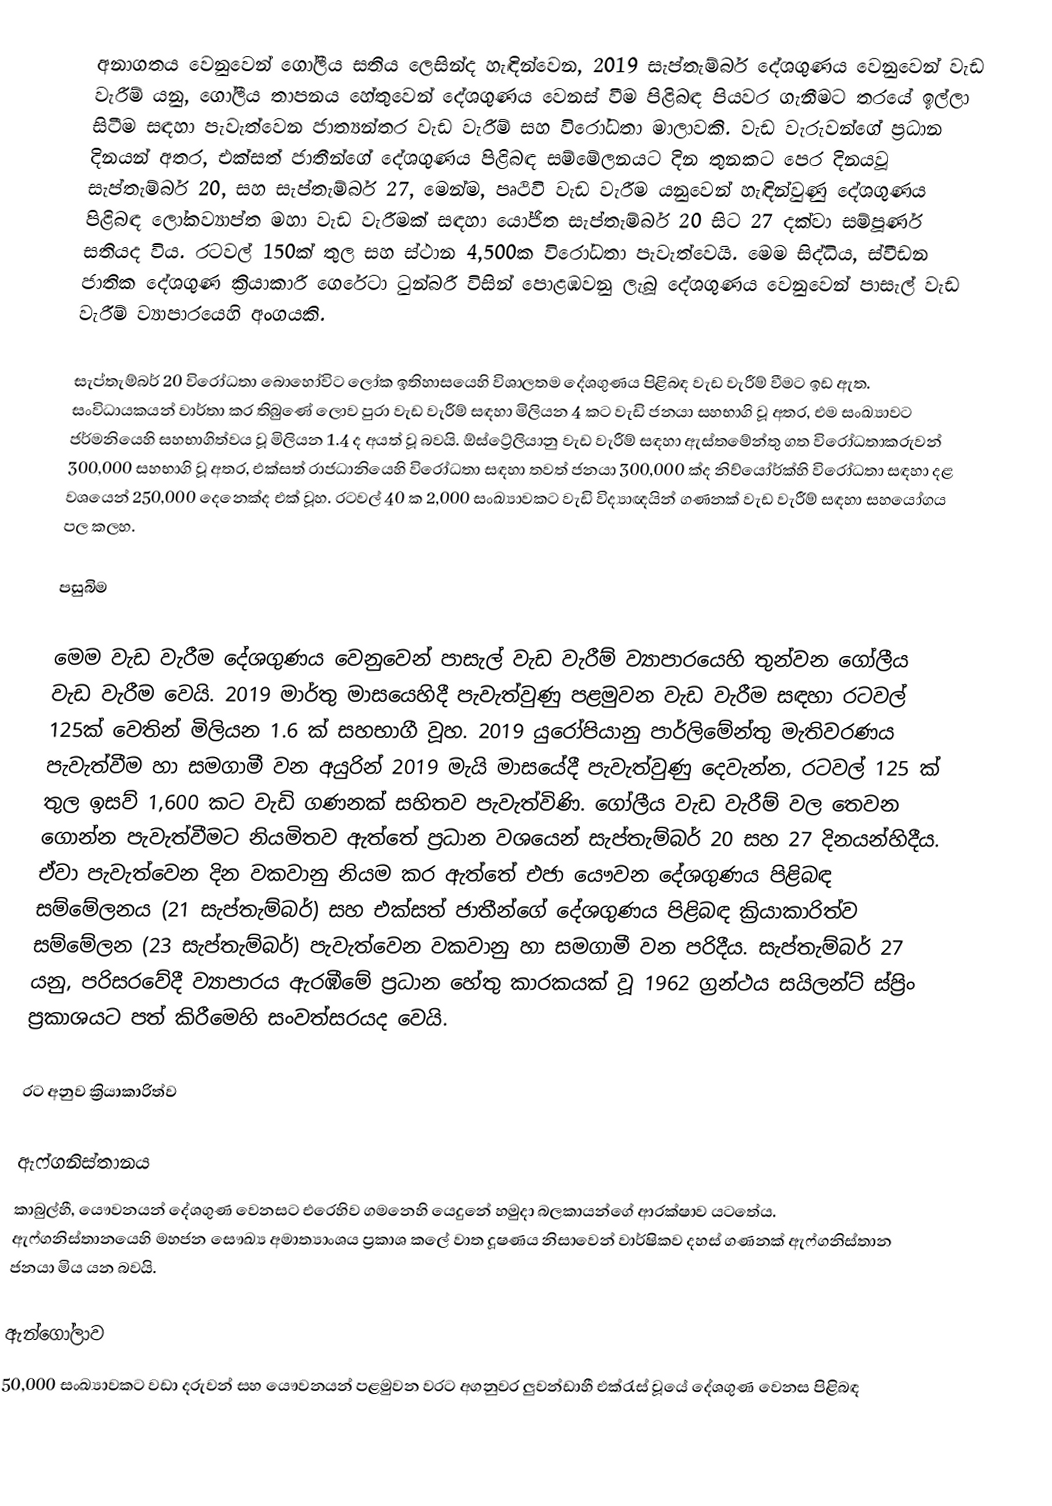
අනාගතය වෙනුවෙන් ගෝලීය සතිය ලෙසින්ද හැඳින්වෙන,  2019 සැප්තැම්බර් දේශගුණය වෙනුවෙන් වැඩ වැරීම් යනු, ගෝලීය තාපනය හේතුවෙන් දේශගුණය වෙනස් වීම පිළිබඳ පියවර ගැනීමට තරයේ ඉල්ලා සිටීම සඳහා පැවැත්වෙන ජාත්‍යන්තර වැඩ වැරීම් සහ විරෝධතා මාලාවකි. වැඩ වැරුවන්ගේ ප්‍රධාන දිනයන් අතර,   එක්සත් ජාතීන්ගේ දේශගුණය පිළිබඳ සම්මේලනයට දින තුනකට පෙර දිනයවූ සැප්තැම්බර් 20, සහ සැප්තැම්බර්  27, මෙන්ම, පෘථිවි වැඩ වැරීම යනුවෙන් හැඳින්වුණු දේශගුණය පිළිබඳ ලෝකව්‍යාප්ත මහා වැඩ වැරීමක් සඳහා යෝජිත සැප්තැම්බර් 20 සිට 27 දක්වා සම්පූර්ණ සතියද විය. රටවල් 150ක් තුල සහ ස්ථාන 4,500ක විරෝධතා පැවැත්වෙයි.  මෙම සිද්ධිය,  ස්වීඩන ජාතික දේශගුණ ක්‍රියාකාරී ගෙරේටා ටුන්බරී විසින් පොළඹවනු ලැබූ දේශගුණය වෙනුවෙන් පාසැල් වැඩ වැරීම් ව්‍යාපාරයෙහි අංගයකි.

සැප්තැම්බර් 20 විරෝධතා බොහෝවිට ලෝක ඉතිහාසයෙහි විශාලතම දේශගුණය පිළිබඳ වැඩ වැරීම් වීමට ඉඩ ඇත. සංවිධායකයන් වාර්තා කර තිබුණේ ලොව පුරා වැඩ වැරීම් සඳහා මිලියන 4 කට වැඩි ජනයා සහභාගි වූ අතර, එම සංඛ්‍යාවට ජර්මනියෙහි සහභාගිත්වය වූ මිලියන 1.4 ද අයත් වූ බවයි. ඕස්ට්‍රේලියානු වැඩ වැරීම් සඳහා ඇස්තමේන්තු ගත විරෝධතාකරුවන් 300,000 සහභාගි වූ අතර, එක්සත් රාජධානියෙහි විරෝධතා සඳහා තවත් ජනයා 300,000 ක්ද  නිව්යෝර්ක්හි විරෝධතා සඳහා දළ වශයෙන්  250,000 දෙනෙක්ද එක් වූහ. රටවල් 40 ක 2,000 සංඛ්‍යාවකට වැඩි විද්‍යාඥයින් ගණනක් වැඩ වැරීම් සඳහා සහයෝගය පල කලහ.

පසුබිම

මෙම වැඩ වැරීම දේශගුණය වෙනුවෙන් පාසැල් වැඩ වැරීම් ව්‍යාපාරයෙහි තුන්වන ගෝලීය වැඩ වැරීම වෙයි. 2019 මාර්තු මාසයෙහිදී පැවැත්වුණු පළමුවන වැඩ වැරීම සඳහා රටවල් 125ක් වෙතින් මිලියන 1.6 ක් සහභාගී වූහ. 2019 යුරෝපියානු පාර්ලිමේන්තු මැතිවරණය පැවැත්වීම හා සමගාමී වන අයුරින් 2019 මැයි මාසයේදී පැවැත්වුණු දෙවැන්න, රටවල් 125 ක් තුල ඉසව් 1,600 කට වැඩි ගණනක් සහිතව පැවැත්විණි.  ගෝලීය වැඩ වැරීම් වල තෙවන ගොන්න පැවැත්වීමට නියමිතව ඇත්තේ ප්‍රධාන වශයෙන් සැප්තැම්බර් 20 සහ 27 දිනයන්හිදීය. ඒවා පැවැත්වෙන දින වකවානු නියම කර ඇත්තේ  එජා යෞවන දේශගුණය පිළිබඳ සම්මේලනය (21 සැප්තැම්බර්) සහ එක්සත් ජාතීන්ගේ දේශගුණය පිළිබඳ ක්‍රියාකාරිත්ව සම්මේලන (23 සැප්තැම්බර්) පැවැත්වෙන වකවානු හා සමගාමී වන පරිදීය. සැප්තැම්බර් 27 යනු, පරිසරවේදී ව්‍යාපාරය ඇරඹීමේ ප්‍රධාන හේතු කාරකයක් වූ 1962 ග්‍රන්ථය සයිලන්ට් ස්ප්‍රිං ප්‍රකාශයට පත් කිරීමෙහි සංවත්සරයද වෙයි.

රට අනුව ක්‍රියාකාරිත්ව

ඇෆ්ගනිස්තානය
කාබුල්හී, යෞවනයන් දේශගුණ වෙනසට එරෙහිව ගමනෙහි යෙදුනේ හමුදා බලකායන්ගේ ආරක්ෂාව යටතේය. ඇෆ්ගනිස්තානයෙහි මහජන සෞඛ්‍ය අමාත්‍යාංශය ප්‍රකාශ කලේ  වාත දූෂණය නිසාවෙන් වාර්ෂිකව දහස් ගණනක් ඇෆ්ගනිස්තාන ජනයා මිය යන බවයි.

ඇන්ගෝලාව
50,000 සංඛ්‍යාවකට වඩා දරුවන් සහ යෞවනයන් පළමුවන වරට අගනුවර ලුවන්ඩාහී එක්රැස් වූයේ දේශගුණ වෙනස පිළිබඳ